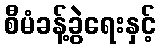
စီမံခန့်ခွဲရေးနှင့်